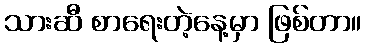
သားဆီ စာရေးတဲ့နေ့မှာ ဖြစ်တာ။